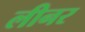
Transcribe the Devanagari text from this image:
लीनर